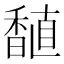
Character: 𫗾